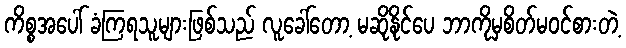
ကိစ္စအပေါ် ခံကြရသူများဖြစ်သည် လူခေါ်တော့ မဆိုနိုင်ပေ ဘာကိုမှစိတ်မဝင်စားတဲ့